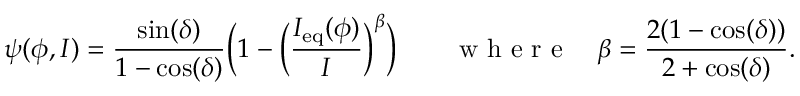
\psi ( \phi , I ) = \frac { \sin ( \delta ) } { 1 - \cos ( \delta ) } \Big ( 1 - \Big ( \frac { I _ { \mathrm { e q } } ( \phi ) } { I } \Big ) ^ { \beta } \Big ) \qquad \mathrm { ~ w ~ h ~ e ~ r ~ e ~ } \quad \beta = \frac { 2 ( 1 - \cos ( \delta ) ) } { 2 + \cos ( \delta ) } .